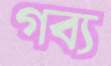
গব্য